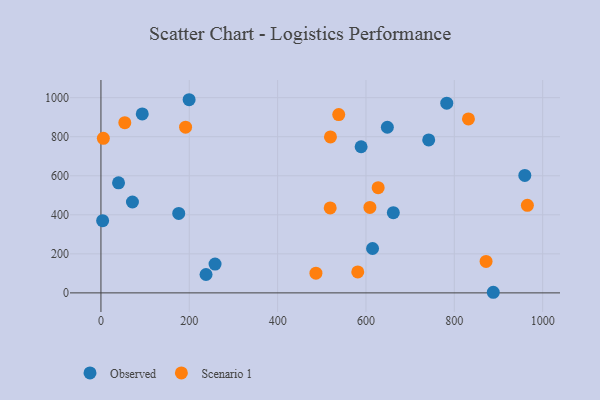
{"axis": {"x": "Engine Size", "y": "Fuel Efficiency"}, "legend": ["Observed", "Scenario 1"], "data": [{"x": "176.1", "y": 407.0, "type": "Observed"}, {"x": "614.9", "y": 227.3, "type": "Observed"}, {"x": "199.6", "y": 989.6, "type": "Observed"}, {"x": "888.2", "y": 3.1, "type": "Observed"}, {"x": "782.9", "y": 972.1, "type": "Observed"}, {"x": "648.4", "y": 848.6, "type": "Observed"}, {"x": "237.9", "y": 94.1, "type": "Observed"}, {"x": "258.3", "y": 147.8, "type": "Observed"}, {"x": "71.3", "y": 465.6, "type": "Observed"}, {"x": "959.6", "y": 601.9, "type": "Observed"}, {"x": "742.0", "y": 783.7, "type": "Observed"}, {"x": "3.8", "y": 369.9, "type": "Observed"}, {"x": "661.9", "y": 411.0, "type": "Observed"}, {"x": "93.5", "y": 916.9, "type": "Observed"}, {"x": "39.8", "y": 564.0, "type": "Observed"}, {"x": "589.0", "y": 748.6, "type": "Observed"}, {"x": "54.0", "y": 872.1, "type": "Scenario 1"}, {"x": "538.3", "y": 913.4, "type": "Scenario 1"}, {"x": "191.6", "y": 849.2, "type": "Scenario 1"}, {"x": "519.6", "y": 799.1, "type": "Scenario 1"}, {"x": "965.4", "y": 448.5, "type": "Scenario 1"}, {"x": "519.0", "y": 435.4, "type": "Scenario 1"}, {"x": "5.4", "y": 792.0, "type": "Scenario 1"}, {"x": "627.6", "y": 538.8, "type": "Scenario 1"}, {"x": "486.7", "y": 100.8, "type": "Scenario 1"}, {"x": "581.4", "y": 107.2, "type": "Scenario 1"}, {"x": "608.9", "y": 438.0, "type": "Scenario 1"}, {"x": "832.0", "y": 891.0, "type": "Scenario 1"}, {"x": "871.9", "y": 161.3, "type": "Scenario 1"}]}